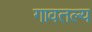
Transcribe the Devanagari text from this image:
गावतल्य